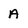
Character: A